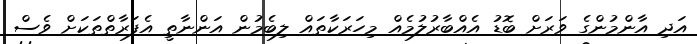
އަދި އާންމުންގެ ވަރަށް ބޮޑު އެއްބާރުލުމެއް މިހަރަކާތައް ލިބެމުން އަންނާތީ އެފަރާތްތަކަށް ވެސް